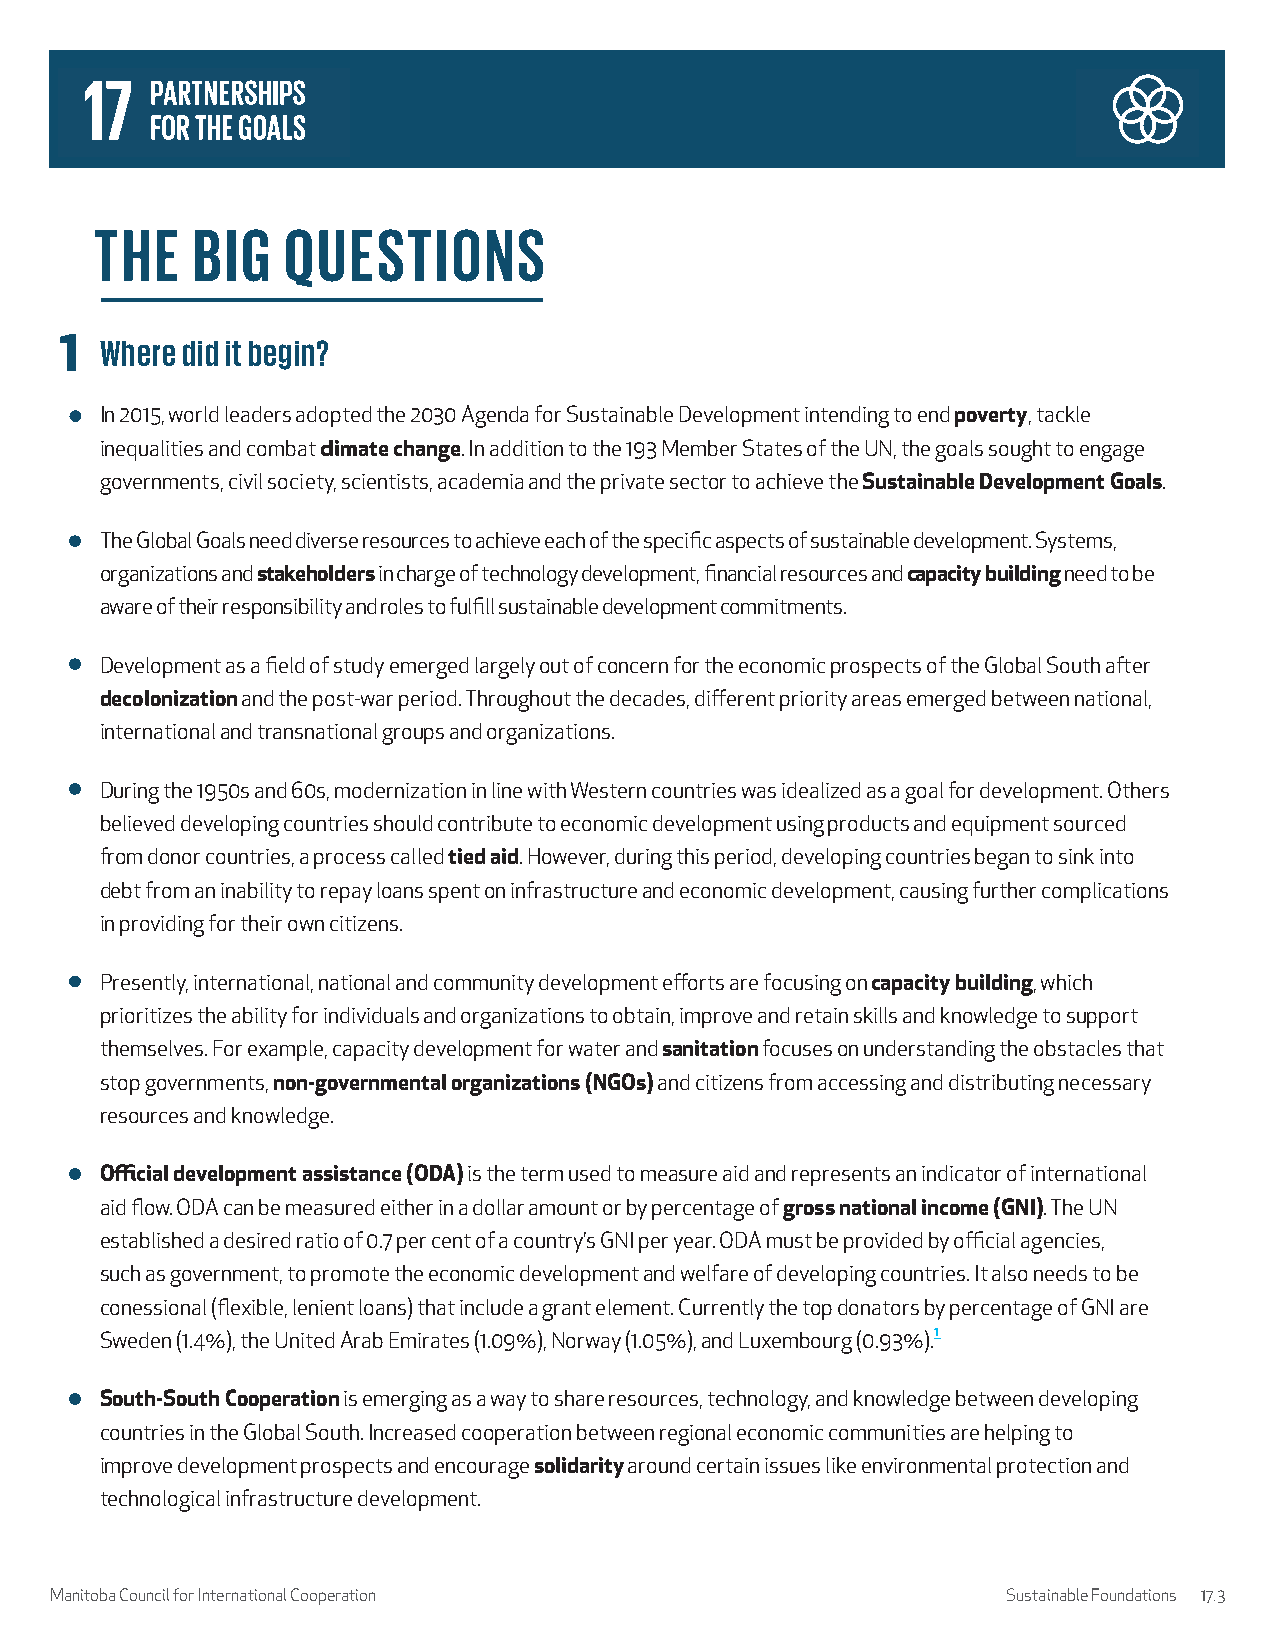
THE    BIG   QUESTIONS
 1  Where did it begin?
 In 2015, world leaders adopted the 2030 Agenda for Sustainable Development intending to end poverty, tackle
 inequalities and combat climate change. In addition to the 193 Member States of the UN, the goals sought to engage
 governments, civil society, scientists, academia and the private sector to achieve the Sustainable Development Goals.
 The Global Goals need diverse resources to achieve each of the specific aspects of sustainable development. Systems,
 organizations and stakeholders in charge of technology development, financial resources and capacity building need to be
 aware of their responsibility and roles to fulfill sustainable development commitments.
 Development as a field of study emerged largely out of concern for the economic prospects of the Global South after
 decolonization and the post-war period. Throughout the decades, different priority areas emerged between national,
 international and transnational groups and organizations.
 During the 1950s and 60s, modernization in line with Western countries was idealized as a goal for development. Others
 believed developing countries should contribute to economic development using products and equipment sourced
 from donor countries, a process called tied aid. However, during this period, developing countries began to sink into
 debt from an inability to repay loans spent on infrastructure and economic development, causing further complications
 in providing for their own citizens.
 Presently, international, national and community development efforts are focusing on capacity building, which
 prioritizes the ability for individuals and organizations to obtain, improve and retain skills and knowledge to support
 themselves. For example, capacity development for water and sanitation focuses on understanding the obstacles that
 stop governments, non-governmental organizations (NGOs) and citizens from accessing and distributing necessary
 resources and knowledge.
 Official development assistance (ODA) is the term used to measure aid and represents an indicator of international
 aid flow. ODA can be measured either in a dollar amount or by percentage of gross national income (GNI). The UN
 established a desired ratio of 0.7 per cent of a country’s GNI per year. ODA must be provided by official agencies,
 such as government, to promote the economic development and welfare of developing countries. It also needs to be
 conessional (flexible, lenient loans) that include a grant element. Currently the top donators by percentage of GNI are
 Sweden (1.4%), the United Arab Emirates (1.09%), Norway (1.05%), and Luxembourg (0.93%).1
 South-South Cooperation is emerging as a way to share resources, technology, and knowledge between developing
 countries in the Global South. Increased cooperation between regional economic communities are helping to
 improve development prospects and encourage solidarity around certain issues like environmental protection and
 technological infrastructure development.
 Manitoba Council for International Cooperation                  Sustainable Foundations 17.3